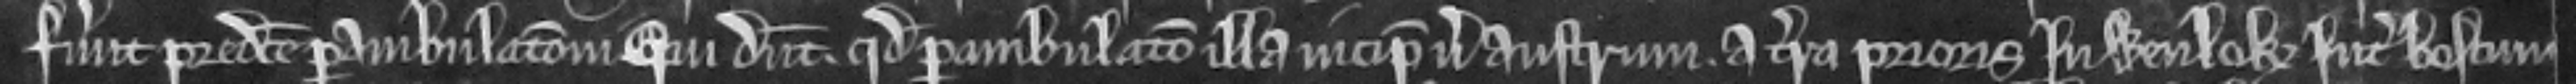
fuerunt predicto perambulacioni qui dicunt. quod perambulacio illa incipit versus austrum. a terra Prioris in Wenlok inter boscum